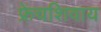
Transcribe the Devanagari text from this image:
फ्रेंचशिवाय